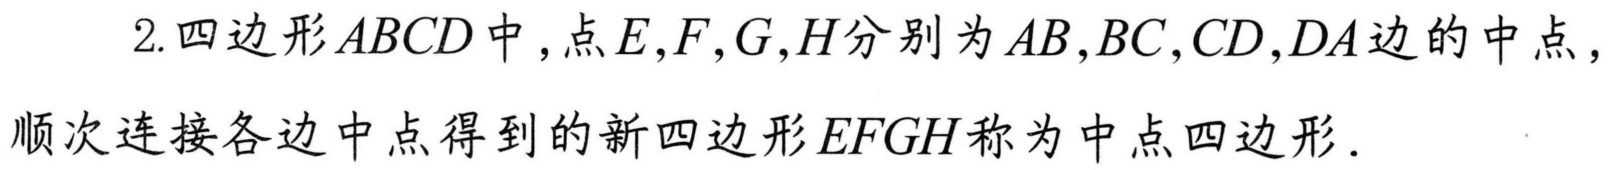
2. 四边形\(ABCD\)中，点\(E,F,G,H\)分别为\(AB,BC,CD,DA\)边的中点，
顺次连接各边中点得到的新四边形\(EFGH\)称为中点四边形.